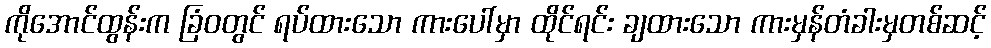
ကိုအောင်ထွန်းက ခြံဝတွင် ရပ်ထားသော ကားပေါ်မှာ ထိုင်ရင်း ချထားသော ကားမှန်တံခါးမှတစ်ဆင့်